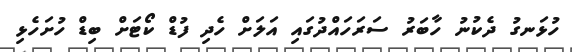
ހުޅަނގު ދެކުނު ހާބަރު ސަރަހައްދުގައި އަލަށް ހެދި ފުޑް ކޯޓަށް ބިޑް ހުށަހެޅި